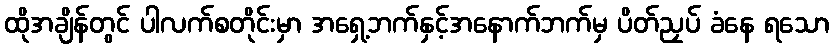
ထိုအချိန်တွင် ပါလက်စတိုင်းမှာ အရှေ့ဘက်နှင့်အနောက်ဘက်မှ ပိတ်ညှပ် ခံနေ ရသော